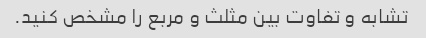
تشابه و تفاوت بین مثلث و مربع را مشخص کنید.